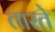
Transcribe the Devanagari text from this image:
तारते